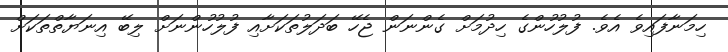
ހިމަނާފައިވެ އެވެ. ފުލުހުންގެ ހިދުމަށް ގެންނަން ޖެހޭ ބަދަލުތަކަށާއި ފުލުހުންނަށް ލިބޭ އިނަޔާތްތަކަށް